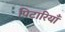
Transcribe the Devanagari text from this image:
पिटारियाँ